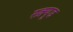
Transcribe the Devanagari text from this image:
स्क्र्यूड